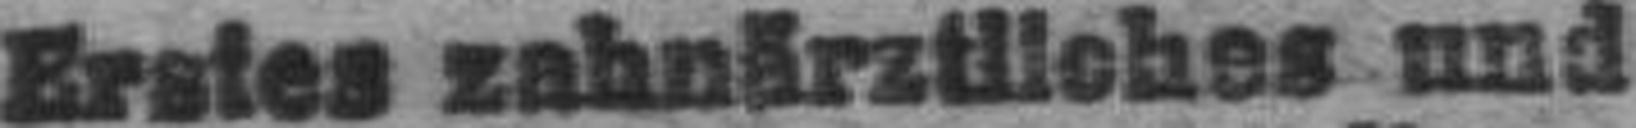
Erstes zahnärztliches und